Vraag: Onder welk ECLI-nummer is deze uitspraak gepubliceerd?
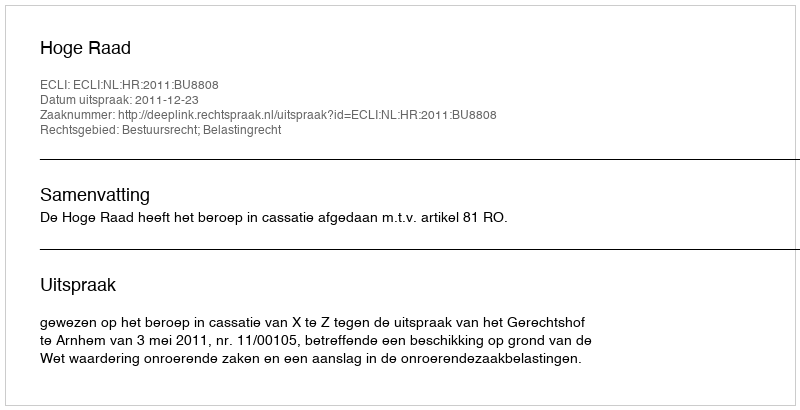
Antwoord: ECLI:NL:HR:2011:BU8808